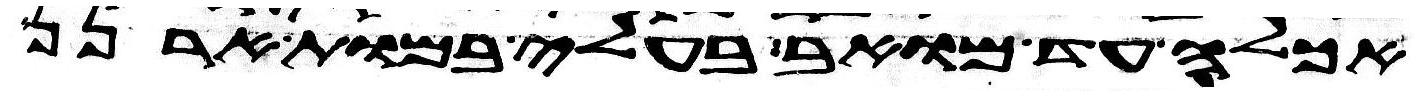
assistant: אכלה עד מואב בעלי במות ארנן